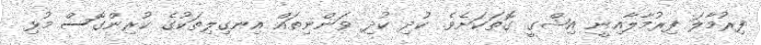
ފިރުމާލަ ފިރުމާލާއިނީ އިޝްގީ ގޮތަކަށެވެ. ކުދި ކުދި ވަންނިތައް އިނގިލިތަކުގެ ކުރިންގޮސް މުޅި